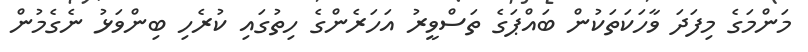
މަންމަގެ މިފަދަ ވާހަކަތަކުން ބައްޕަގެ ތަސްވީރު އަހަރެންގެ ހިތުގައި ކުރެހި ބިންވަޅު ނެގެމުން